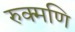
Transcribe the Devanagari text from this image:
रुक्मणि